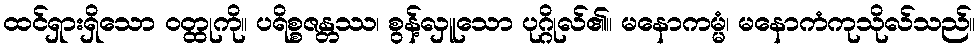
ထင်ရှားရှိသော ဝတ္ထုကို။ ပရိစ္စဇန္တဿ၊ စွန့်လှူသော ပုဂ္ဂိုလ်၏။ မနောကမ္မံ၊ မနောကံကုသိုလ်သည်။